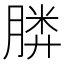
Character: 𣎌